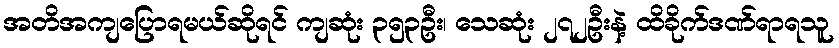
အတိအကျပြောရမယ်ဆိုရင် ကျဆုံး ၃၅၃ဦး၊ သေဆုံး ၂၇၂ဦးနဲ့ ထိခိုက်ဒဏ်ရာရသူ